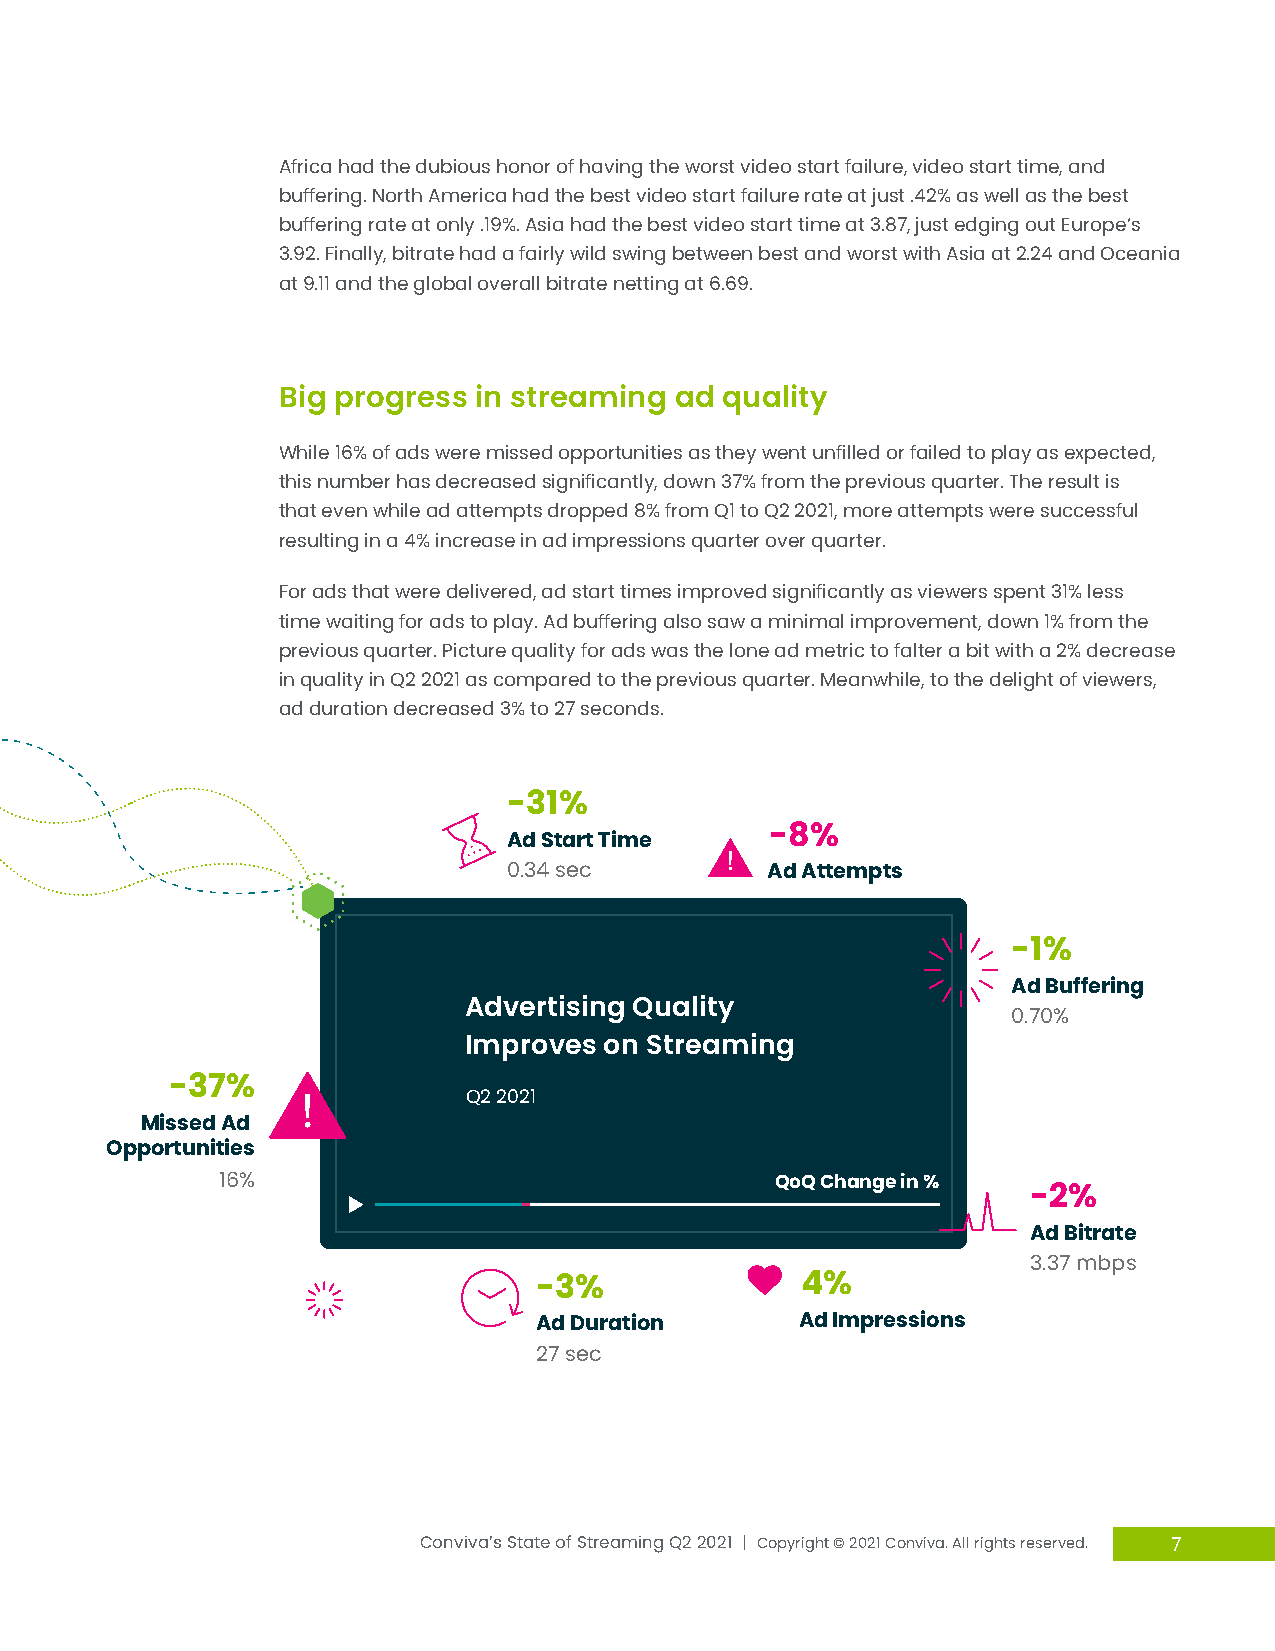
Africa had the dubious honor of having the worst video start failure, video start time, and
 buffering. North America had the best video start failure rate at just .42% as well as the best
 buffering rate at only .19%. Asia had the best video start time at 3.87, just edging out Europe’s
 3.92. Finally, bitrate had a fairly wild swing between best and worst with Asia at 2.24 and Oceania
 at 9.11 and the global overall bitrate netting at 6.69.
 Big progress in streaming  ad quality
 While 16% of ads were missed opportunities as they went unfilled or failed to play as expected,
 this number has decreased significantly, down 37% from the previous quarter. The result is
 that even while ad attempts dropped 8% from Q1 to Q2 2021, more attempts were successful
 resulting in a 4% increase in ad impressions quarter over quarter.
 For ads that were delivered, ad start times improved significantly as viewers spent 31% less
 time waiting for ads to play. Ad buffering also saw a minimal improvement, down 1% from the
 previous quarter. Picture quality for ads was the lone ad metric to falter a bit with a 2% decrease
 in quality in Q2 2021 as compared to the previous quarter. Meanwhile, to the delight of viewers,
 ad duration decreased 3% to 27 seconds.
 -31%
 -8%
 Ad Start Time
 0.34 sec         Ad Attempts
 -1%
 Ad Buffering
 Advertising Quality
 0.70%
 Improves on Streaming
 -37%
 Q2 2021
 Missed Ad
 Opportunities
 16%                                 QoQ Change in %  -2%
 Ad Bitrate
 3.37 mbps
 -3%               4%
 Ad Duration       Ad Impressions
 27 sec
 Conviva’s State of Streaming Q2 2021 | Copyright © 2021 Conviva. All rights reserved. 7